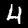
Label: 4